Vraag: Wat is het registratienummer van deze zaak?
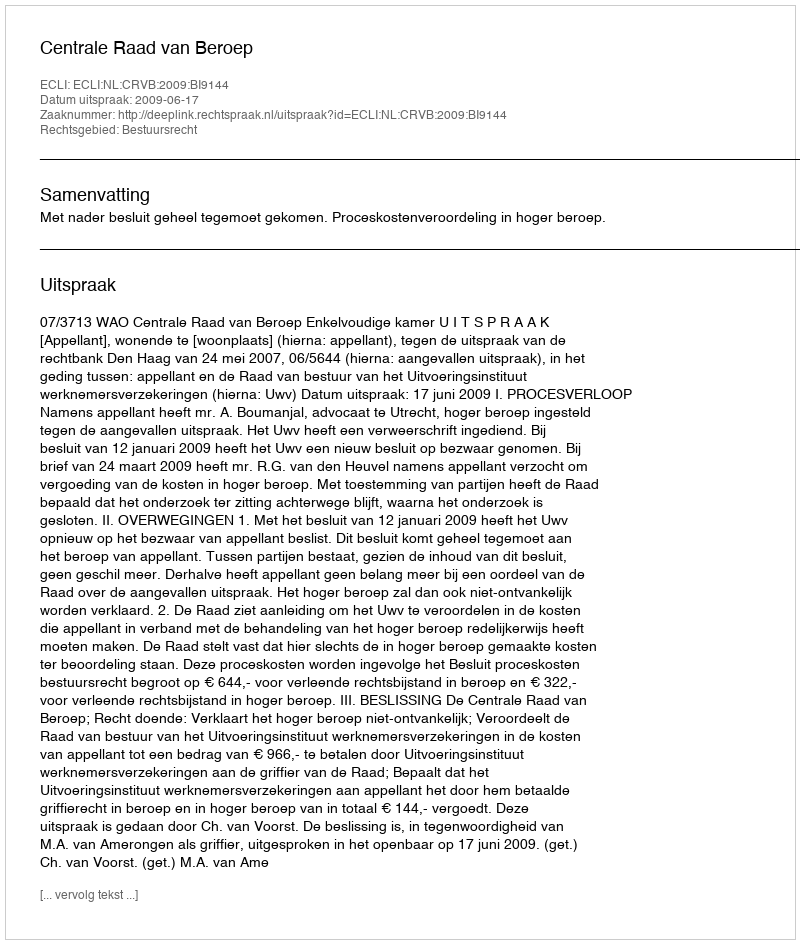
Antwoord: http://deeplink.rechtspraak.nl/uitspraak?id=ECLI:NL:CRVB:2009:BI9144